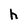
Character: h